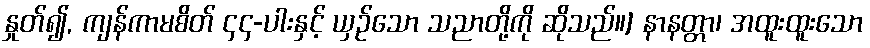
နှုတ်၍, ကျန်ကာမစိတ် ၄၄-ပါးနှင့် ယှဉ်သော သညာတို့ကို ဆိုသည်။] နာနတ္တာ၊ အထူးထူးသော